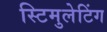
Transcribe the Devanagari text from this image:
स्टिमुलेटिंग